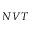
N V T